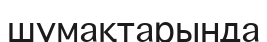
шумақтарында